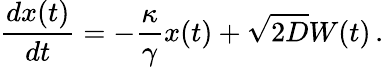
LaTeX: \frac{dx(t)}{dt}=-\frac{\kappa}{\gamma}x(t)+\sqrt{2D}W(t)\, .